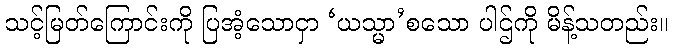
သင့်မြတ်ကြောင်းကို ပြအံ့သောငှာ ‘ယသ္မာ’စသော ပါဌ်ကို မိန့်သတည်း။